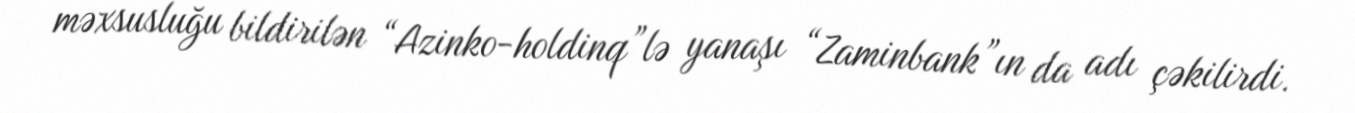
məxsusluğu bildirilən “Azinko-holdinq”lə yanaşı “Zaminbank”ın da adı çəkilirdi.